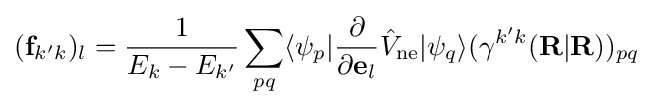
(\mathbf {f} _{k'k})_{l}={\frac {1}{E_{k}-E_{k'}}}\sum _{pq}\langle \psi _{p}|{\frac {\partial }{\partial \mathbf {e} _{l}}}{\hat {V}}_{\rm {ne}}|\psi _{q}\rangle (\gamma ^{k'k}(\mathbf {R} |\mathbf {R} ))_{pq}